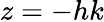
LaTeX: z=-hk